Leprosy in India: report of the Leprosy Commission in India, 1890-91
Year: 1890
Disease focus: Leprosy
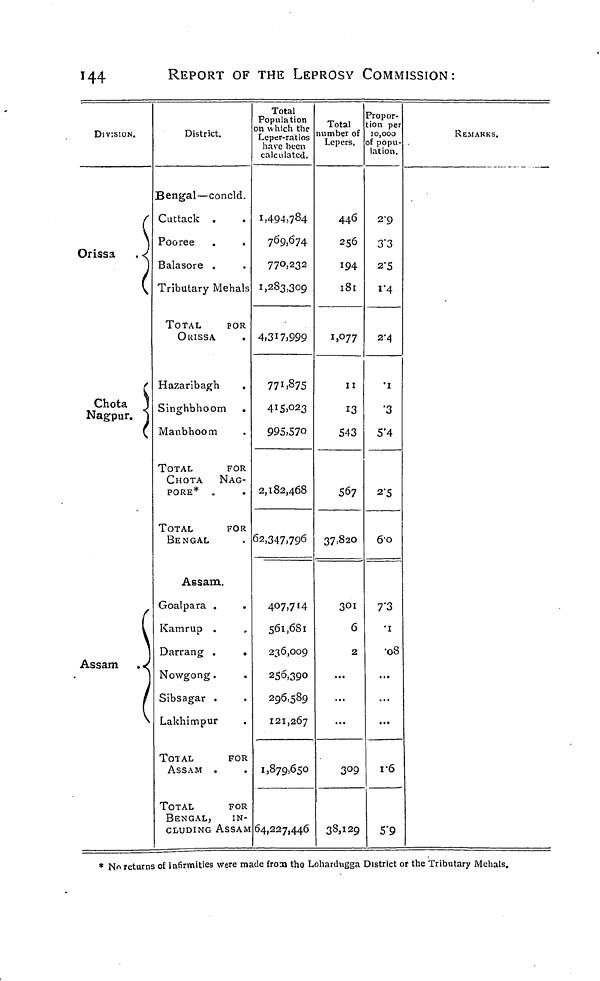
144
REPORT OF THE LEPROSY COMMISSION:
DIVISION.
Orissa
Chota
Nagpur.
Assam
District.
Bengal—concld.
Cuttack .
Pooree
Balasore .
Tributary Mehals
TOTAL
FOR
OKISSA
Hazaribagh
.
Singhbhoom .
Manbhoom
TOTAL
FOR
CHOTA NAG-
PORE* .
.
TOTAL
FOR
BENGAL
Assam.
Goalpara .
.
Kamrup .
Darrang .
.
Nowgong.
Sibsagar .
Lakhimpur
TOIAL
FOR
ASSAM .
TOTAL
FOR
BENGAL,
IN-
CLUDING ASSAM
Total
Population
on which the
Leper-ratios
have been
calculated.
1,494,784
769,674
770,232
1,283,309
4,317,999
771,875
415,023
995,570
2,182,468
62,347.796
407,714
561,681
236,009
256,390
296,589
121,267
1,879,650
64,227,446
Total
number of
Lepers,
446
256
194
l8l
1,077
11
13
543
567
37,820
301
6
2
3°9
38,129
Propor-
tion per
10,000
of popu-
lation.
2.9
3.3
2.5
1.4
2.4
.1
.3
5.4
2.5
60
7.3
.1
•08
...
r6
5.9
REMARKS.
* No returns of infirmities were made from the Lohardugga District or the Tributary Mehals.